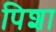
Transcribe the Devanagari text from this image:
पिशा